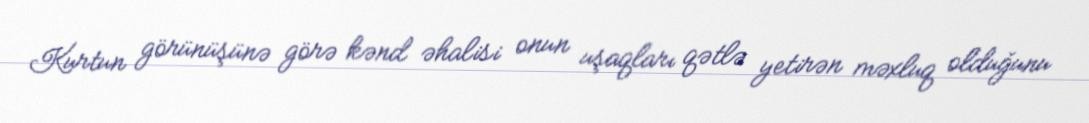
Kurtun görünüşünə görə kənd əhalisi onun uşaqları qətlə yetirən məxluq olduğunu